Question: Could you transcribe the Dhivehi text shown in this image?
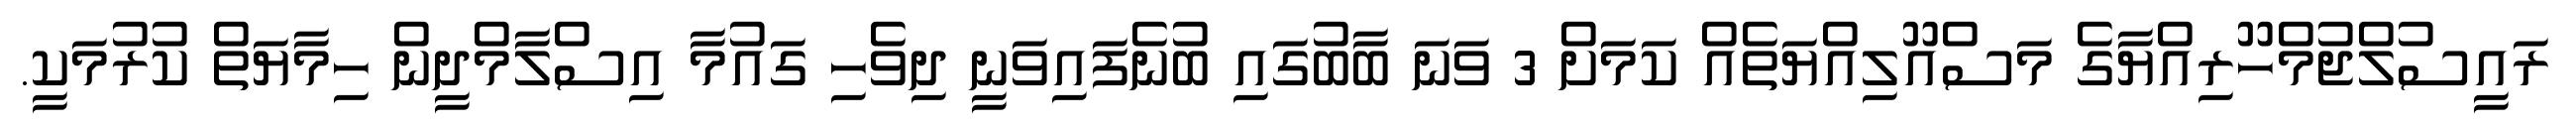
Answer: ރައީސުލްޖުމްހޫރިއްޔާގެ މަސްއޫލިއްޔަތެއް ކަމަށް 3 ވަނަ ބާބުގައި ބުނެފައިވަނީ ދިވެހި ގައުމާ އިސްލާމްދީން ހިމާޔަތް ކުރުމަކީ.